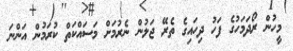
މީހުން ރޯދަމަހުގެ ފަހު ދިހައިގެ ތެރޭ ޖަލުން ނެރުމަށް މަސައްކަތް ކުރަމުން އަންނަ